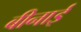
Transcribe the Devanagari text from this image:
बीनाई